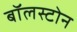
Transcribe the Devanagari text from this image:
बॉलस्टोन